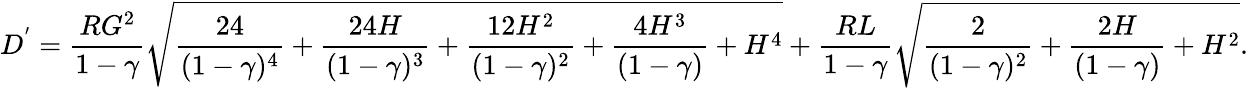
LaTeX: D^{'}=\frac{RG^{2}}{1-\gamma}\sqrt{\frac{24}{(1-\gamma)^{4}}+\frac{24H}{(1-\gamma)^{3}}+\frac{12H^{2}}{(1-\gamma)^{2}}+\frac{4H^{3}}{(1-\gamma)}+H^{4}}+\frac{RL}{1-\gamma}\sqrt{\frac{2}{(1-\gamma)^{2}}+\frac{2H}{(1-\gamma)}+H^{2}}.